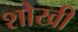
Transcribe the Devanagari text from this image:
शोखी